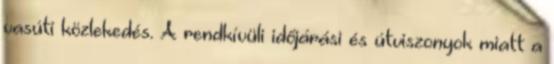
vasúti közlekedés. A rendkívüli időjárási és útviszonyok miatt a